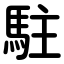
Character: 駐